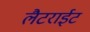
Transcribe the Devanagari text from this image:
लैटराईट